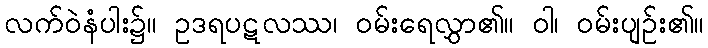
လက်ဝဲနံပါး၌။ ဥဒရပဋလဿ၊ ဝမ်းရေလွှာ၏။ ဝါ၊ ဝမ်းပျဉ်း၏။